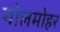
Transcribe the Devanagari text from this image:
गोलमोहर